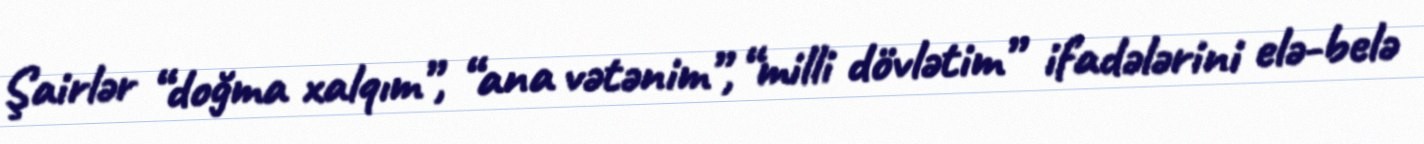
Şairlər “doğma xalqım”, “ana vətənim”, “milli dövlətim” ifadələrini elə-belə